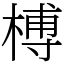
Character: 榑